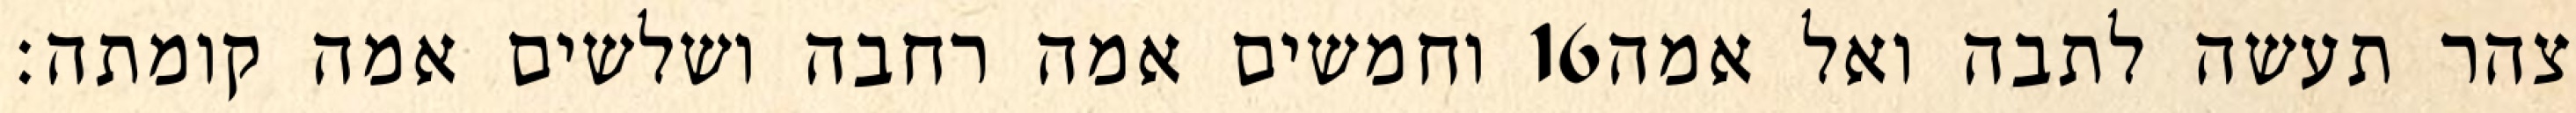
וחמשים אמה רחבה ושלשים אמה קומתה׃ ‎16‏ צהר תעשה לתבה ואל אמה